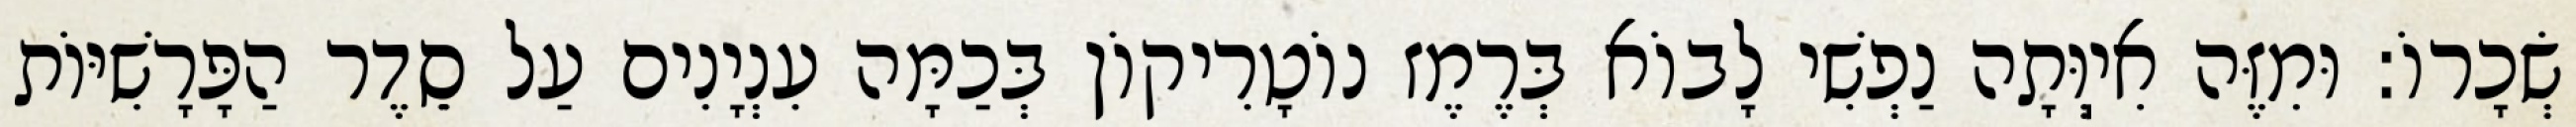
שְׂכָרוֹ: וּמִזֶּה אִיֽוְּתָה נַפְשִׁי לָבוֹא בְּרֶמֶז נוֹטָרִיקוֹן בְּכַמָּה עִנְיָנִים עַל סֵדֶר הַפָּרָשִׁיּוֹת